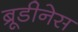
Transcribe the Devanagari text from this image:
ब्रूडीनेस